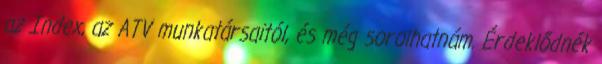
az Index, az ATV munkatársaitól, és még sorolhatnám. Érdeklődnék